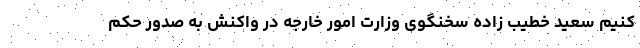
کنیم سعید خطیب زاده سخنگوی وزارت امور خارجه در واکنش به صدور حکم